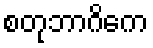
စတုဘာဂိကေ